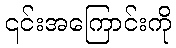
၎င်းအကြောင်းကို